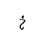
Letter: _kha